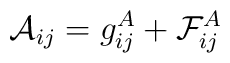
{\cal A}_{ij} = g^{A}_{ij} +{\cal F}^{A}_{ij}